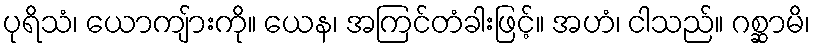
ပုရိသံ၊ ယောကျ်ားကို။ ယေန၊ အကြင်တံခါးဖြင့်။ အဟံ၊ ငါသည်။ ဂစ္ဆာမိ၊